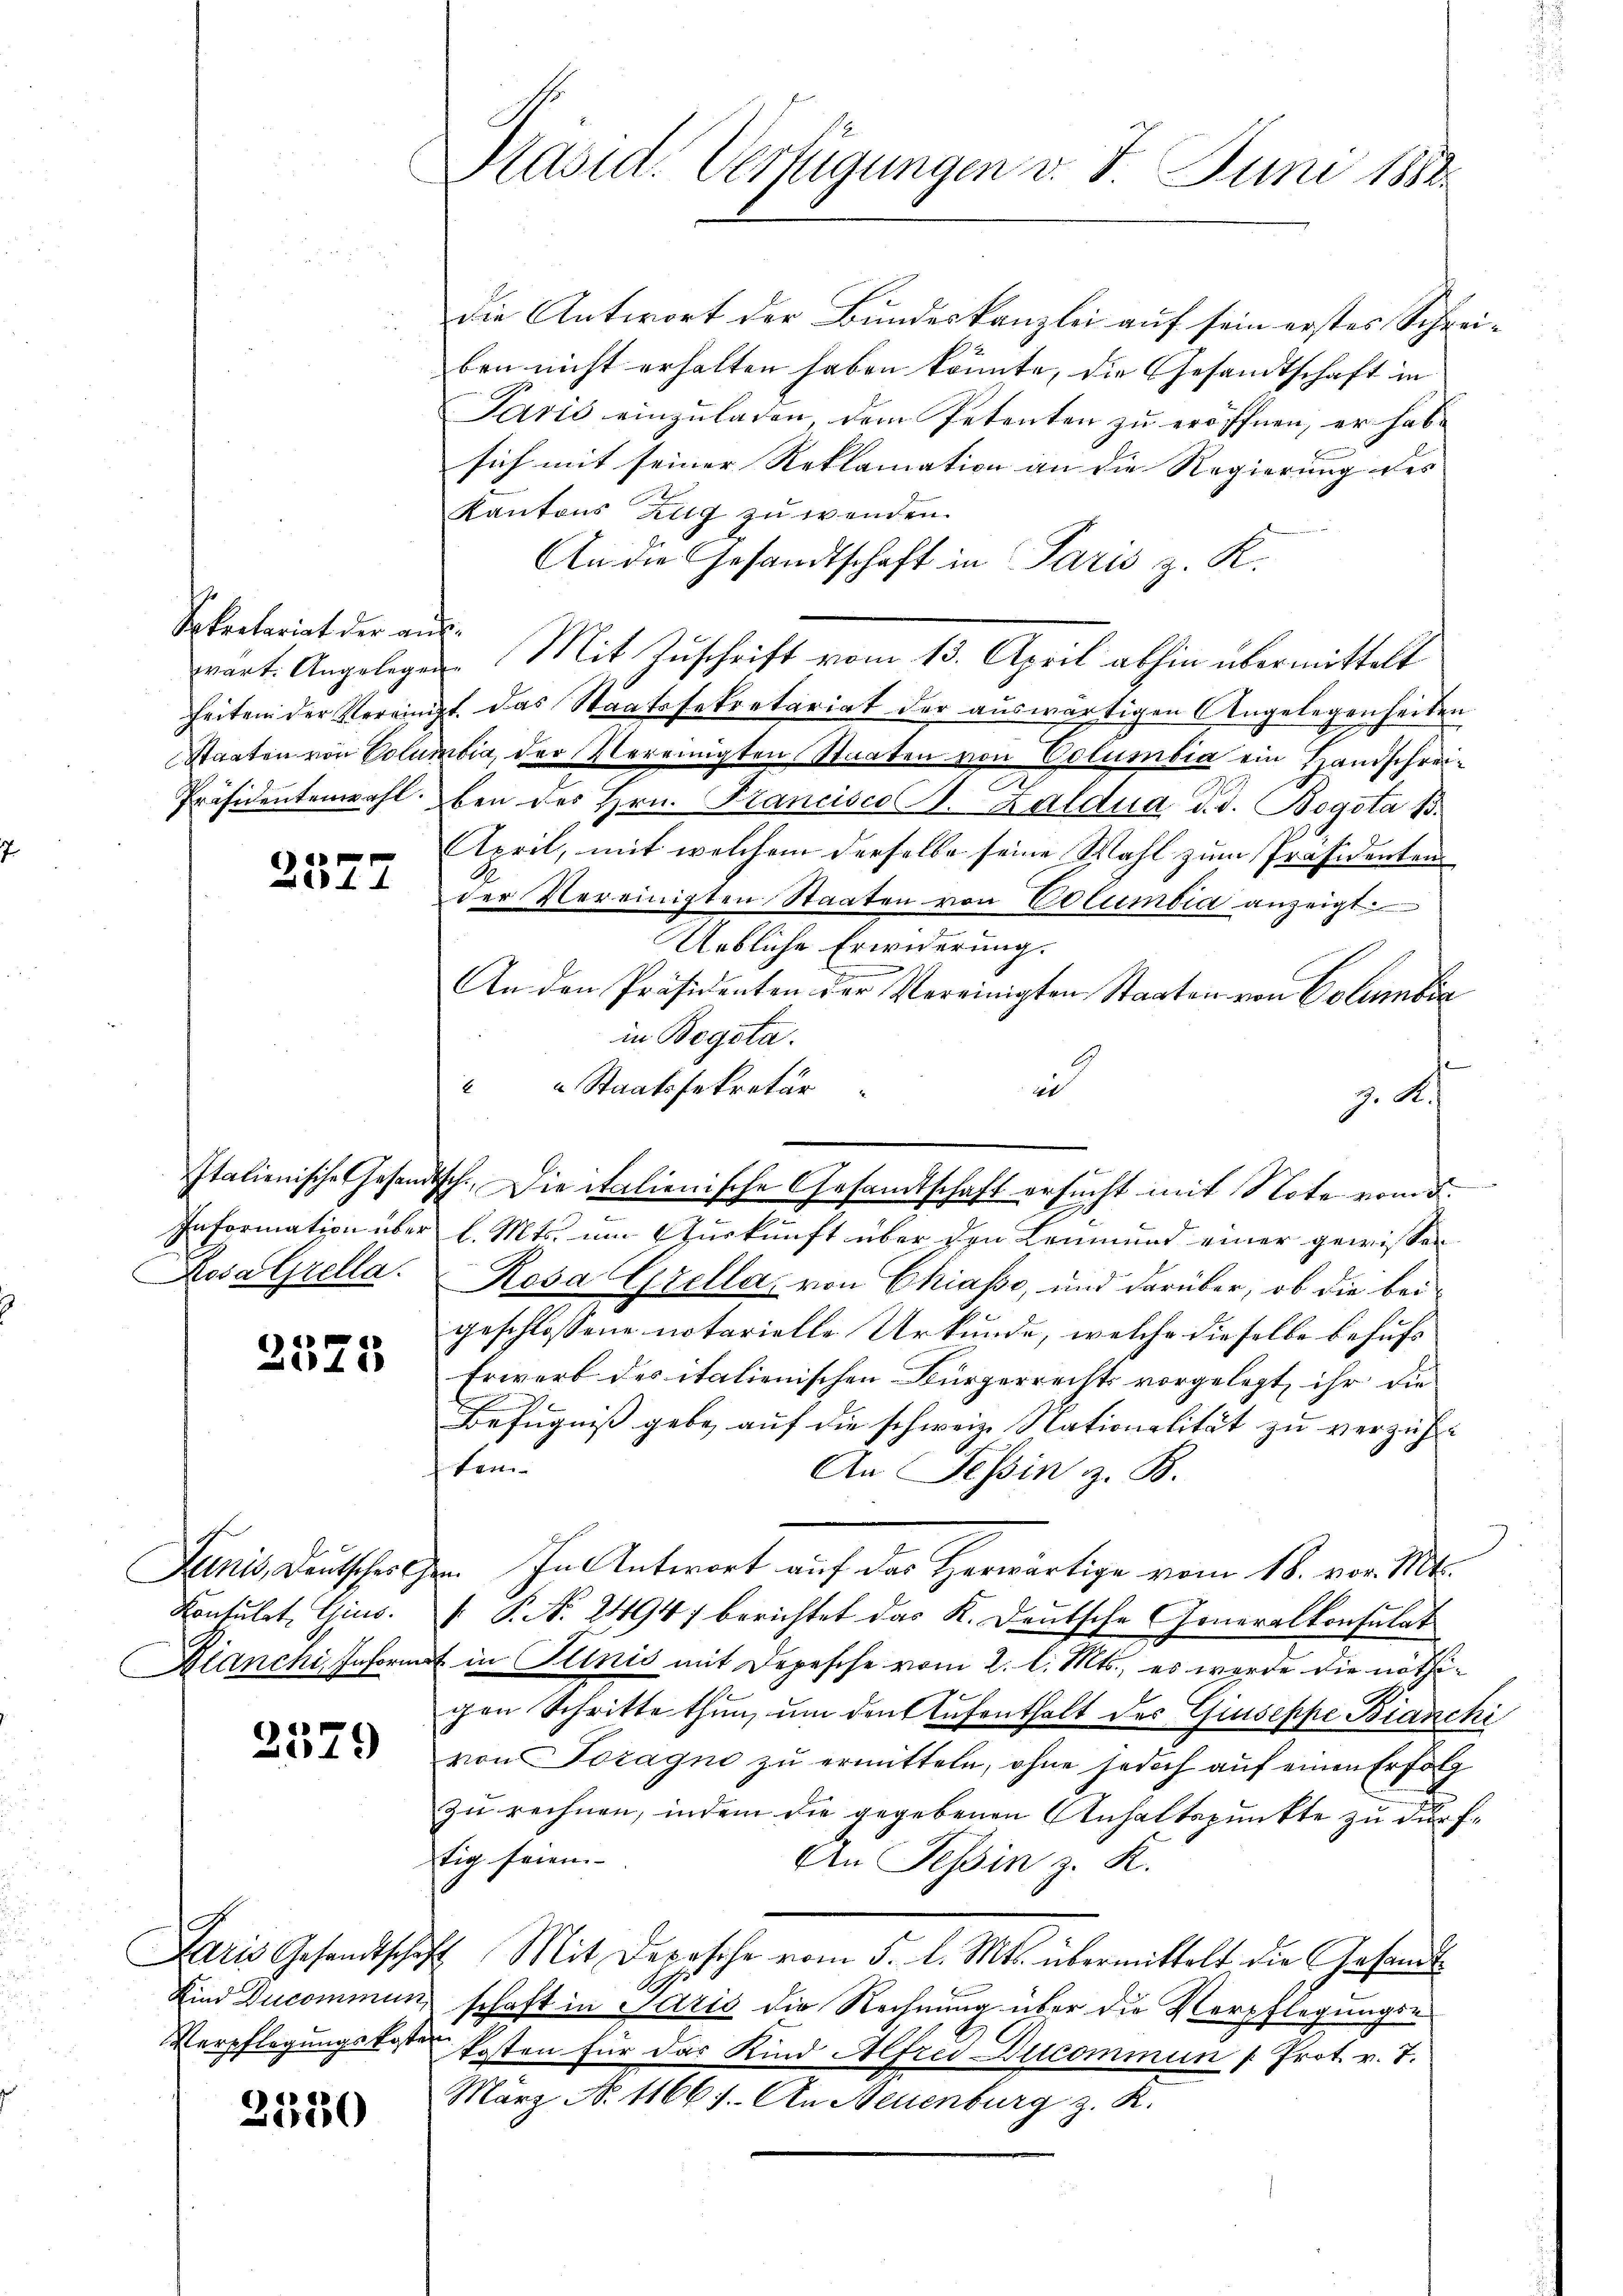
Sekretariat der aus¬
Präsidentenwahl.

e
t

e
185

Konsulat, Gius.

2529

Paris Gesandtschaf
Kind Ducommun

3550

Präsid. Verfügungen v. 7. Juni 1882.

die Antwort der Bundeskanzlei auf sein erstes Schreiben nicht erhalten haben könnte, die Gesandtschaft in
Paris einzuladen, dem Petenten zu eröffnen, er habsich mit seiner Reklamation an die Regierung des |
Kantons Zug zu wenden.
An die Gesandtschaft in Paris z. K.
wart. Angelegen. Mit Zuschrift vom 13. April abhin übermittelt
Zeiten der Vereinigt das Staatssekretariat der auswärtigen Angelegenheiten
Staaten von Columbia, der Vereinigten Staaten von Columbia ein Handschreiben des Hrn. Francisco 1. Zaldua d. d. Bogota B.
April, mit welchem derselbe seine Wahl zum Präsidenten
der Vereinigten Staaten von Columbia anzeigt
Uebliche Erwiderung.
An den Präsidenten der Vereinigten Staaten von Columbia
in Bogota.
1
s
“ Staatssekretär
40
n
J. A.
Information über l. Mts. um Auskunft über den Leumund einer gewissen
Rosa Grella. Rosa Grella, von Chiasso, und darüber, ob die beigeschlossene notarielle Urkunde, welche dieselbe behufs
Erwerb des italienischen Bürgerrechts vorgelegt, ihr die
Befugniß gebe, auf die schweiz. Nationalität zu verzicht
ten- |
An Tessin z. B.
2.
Juris, Deutschehen. In Antwort auf das Herwärtige vom 18. vor. Mts.
V. P. No 2494 berichtet das K. Deutsche Generalkonsulat
Dlanchi, Informit in Plinić mit Depesche vom 2. l. Mts., es werde die nöthigen Schritte thun, um den Aufenthalt des Giuseppe Bianchi
von Toragne zu ermitteln, ohne jedoch auf einen Erfolg
zu rechnen, indem die gegebenen Anhaltspunkte zu dürftig seien.
An Tessin z. K.
4 Mit Depesche vom 5. l. Mts. übermittelt die Gesandt¬
A.
schaft in Saris die Rechnung über die Verpflegungs-
Verpflegungskosten Posten für das Kind Alfrei Ducommun 1. Prot. v. 7.
März N. 11667. An Neuenburg z. R.

Italienische Gesandtsch. Die italienische Gesamtschaft ersucht mit Note vom 5.